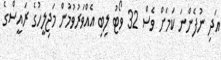
އަދި ނުފެންނަ ކަމަށް ވެސް 32 ވޯޓު ލިބި އެއްވަރުވުމުން މަޖިލީހުގެ ރައީސްގެ